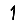
Digit: 1